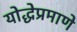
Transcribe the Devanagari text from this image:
योद्धेप्रमाणे